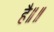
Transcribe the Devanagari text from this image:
है॥॥